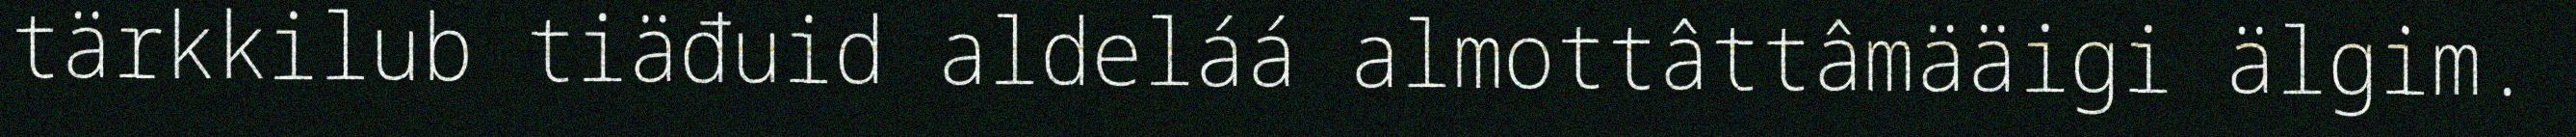
tärkkilub tiäđuid aldeláá almottâttâmääigi älgim.